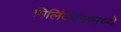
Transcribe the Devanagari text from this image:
मिलिंदपन्हमध्ये